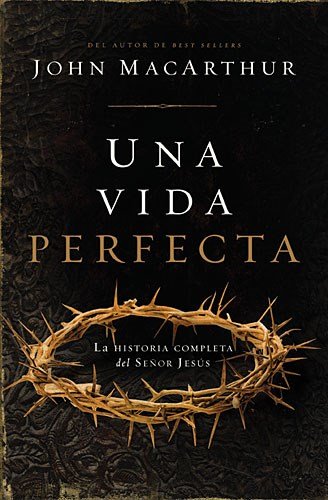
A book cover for Una vida perfecta: La historia completa del SeÃ±or JesÃºs (Spanish Edition); John F. MacArthur; Christian Books & Bibles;